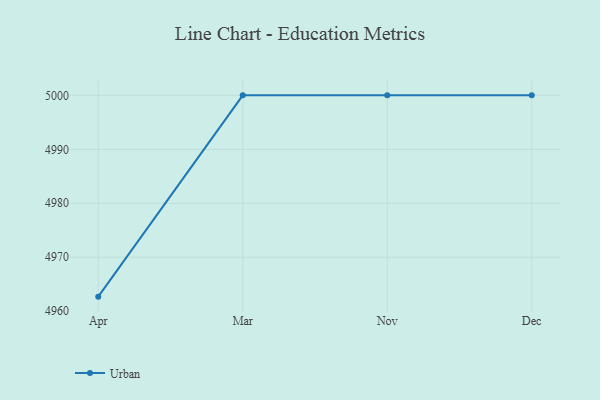
{"axis": {"x": "Month", "y": "Customer Acquisition Cost (USD)"}, "legend": ["Urban"], "data": [{"x": "Apr", "y": 4962.7, "type": "Urban"}, {"x": "Mar", "y": 5000, "type": "Urban"}, {"x": "Nov", "y": 5000, "type": "Urban"}, {"x": "Dec", "y": 5000, "type": "Urban"}]}